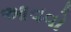
આવવો